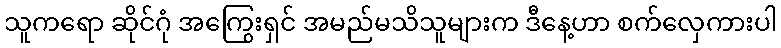
သူကရော ဆိုင်ဂုံ အကြွေးရှင် အမည်မသိသူများက ဒီနေ့ဟာ စက်လှေကားပါ